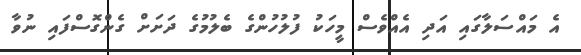
އެ މައްސަލާގައި އަދި އެއްވެސް މީހަކު ފުލުހުންގެ ބެލުމުގެ ދަށަށް ގެންގޮސްފައި ނުވާ